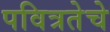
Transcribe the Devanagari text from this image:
पवित्रतेचे